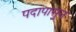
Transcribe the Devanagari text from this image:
पदापासुन